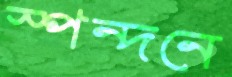
স্পন্দনে